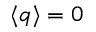
\langle q \rangle = 0